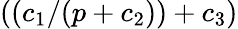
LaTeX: ((c_{1}/(p+c_{2}))+c_{3})